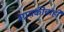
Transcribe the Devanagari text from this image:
गायकीचाही